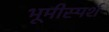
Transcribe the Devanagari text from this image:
भूमीस्पर्श